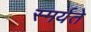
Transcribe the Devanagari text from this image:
स्मर्यते